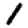
Digit: 1